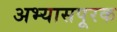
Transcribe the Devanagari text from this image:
अभ्यासपूरक